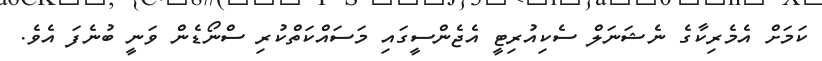
ކަމަށް އެމެރިކާގެ ނެޝަނަލް ސެކިއުރިޓީ އެޖެންސީގައި މަސައްކަތްކުރި ސްނޯޑެން ވަނީ ބުނެފަ އެވެ.